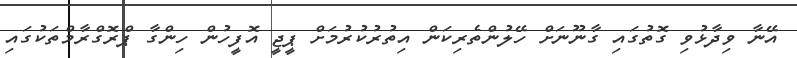
އޭނާ ވިދާޅުވި ގޮތުގައި ގާނޫނަށް ހޭލުންތެރިކަން އިތުރުކުރުމަށް ޕީޖީ އޮފީހުން ހިންގާ ޕްރޮގްރާމްތަކުގައި